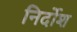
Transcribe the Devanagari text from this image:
निर्दोश